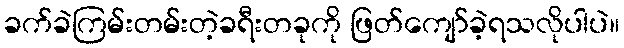
ခက်ခဲကြမ်းတမ်းတဲ့ခရီးတခုကို ဖြတ်ကျော်ခဲ့ရသလိုပါပဲ။